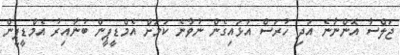
ޖަލްސާ އޮންނާނެ އަދި ހުރަސް އަޅައިގެން ނުވާނެ ކަމަށް އެމްޑީޕީން ބުނާއިރު އެމްޑީޕީން